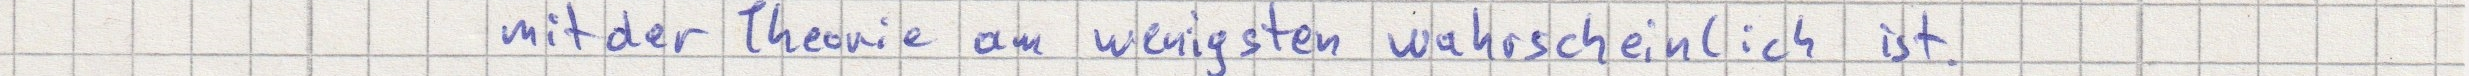
mit der Theorie am wenigsten wahrscheinlich ist